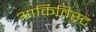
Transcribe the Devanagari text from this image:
आर्किविस्ट